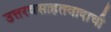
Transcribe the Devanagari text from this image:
उत्तरवसाहतवादाची